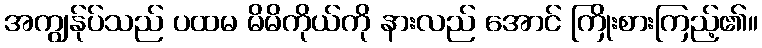
အကျွန်ုပ်သည် ပထမ မိမိကိုယ်ကို နားလည် အောင် ကြိုးစားကြည့်၏။